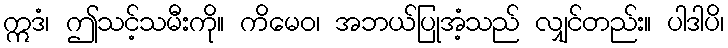
ဣဒံ၊ ဤသင့်သမီးကို။ ကိမေဝ၊ အဘယ်ပြုအံ့သည် လျှင်တည်း။ ပါဒါပိ၊